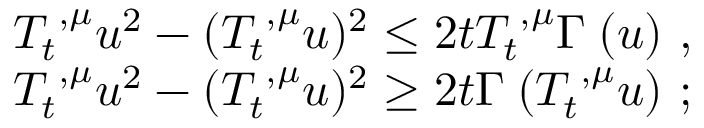
\begin{array} { r l } & { T _ { t } ^ { { \mathbf \Upsilon } , { \mu } } u ^ { 2 } - ( T _ { t } ^ { { \mathbf \Upsilon } , { \mu } } u ) ^ { 2 } \le 2 t T _ { t } ^ { { \mathbf \Upsilon } , { \mu } } \Gamma ^ { { \mathbf \Upsilon } } ( u ) \, \, \mathrm { , } \; \, } \\ & { T _ { t } ^ { { \mathbf \Upsilon } , { \mu } } u ^ { 2 } - ( T _ { t } ^ { { \mathbf \Upsilon } , { \mu } } u ) ^ { 2 } \ge 2 t \Gamma ^ { { \mathbf \Upsilon } } ( T _ { t } ^ { { \mathbf \Upsilon } , { \mu } } u ) \ ; } \end{array}